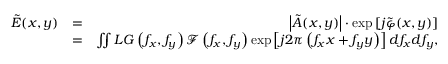
\begin{array} { r l r } { \Tilde { E } ( x , y ) } & { = } & { \left| \Tilde { A } ( x , y ) \right| \cdot \exp \left[ j \Tilde { \varphi } ( x , y ) \right] } \\ & { = } & { \iint L G \left( f _ { x } , f _ { y } \right) \mathcal { F } \left( f _ { x } , f _ { y } \right) \exp \left[ j 2 \pi \left( f _ { x } x + f _ { y } y \right) \right] d f _ { x } d f _ { y } , } \end{array}